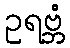
ဥရဗ္ဘံ